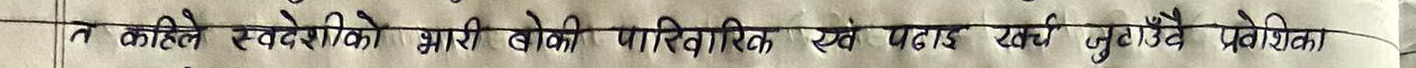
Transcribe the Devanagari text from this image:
त कहिले स्वदेशीको भारी बोकी पारिवारिक एवं पढाइ खर्च जुटाउँदै प्रवेशिका